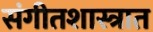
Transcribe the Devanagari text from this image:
संगीतशास्त्रात